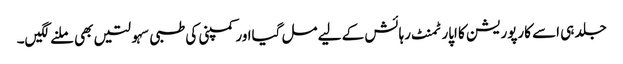
جلد ہی اسے کارپوریشن کا اپارٹمنٹ رہائش کے لیے مل گیااور کمپنی کی طبی سہولتیں بھی ملنے لگیں۔